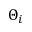
\Theta _ { i }